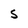
Character: S